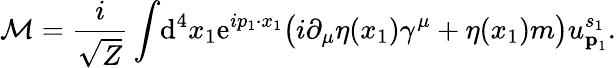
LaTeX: {\mathcal{M}}={\frac{i}{\sqrt{Z}}}\int\! \mathrm{d}^{4}x_{1}\mathrm{e}^{ip_{1}\cdot x_{1}}{\big(}i\partial_{\mu}\eta(x_{1})\gamma^{\mu}+\eta(x_{1})m{\big)}u_{{\textbf{p}}_{1}}^{s_{1}}.